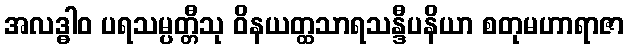
အလဒ္ဓါဝ ပရသမ္ပတ္တီသု ဝိနယတ္ထသာရသန္ဒီပနိယာ စတုမဟာရာဇာ